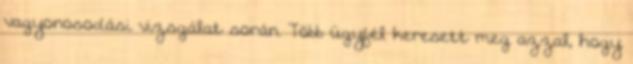
vagyonosodási vizsgálat során. Több ügyfél keresett meg azzal, hogy